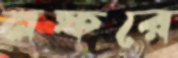
নফরে